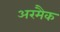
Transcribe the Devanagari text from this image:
अरमैक